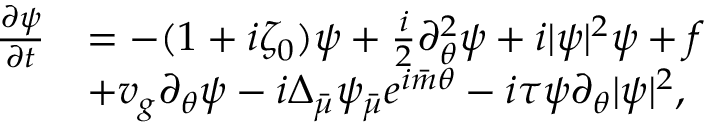
\begin{array} { r l } { \frac { \partial \psi } { \partial t } } & { = - ( 1 + i \zeta _ { 0 } ) \psi + \frac { i } { 2 } \partial _ { \theta } ^ { 2 } \psi + i | \psi | ^ { 2 } \psi + f } \\ & { + v _ { g } \partial _ { \theta } \psi - i \Delta _ { \bar { \mu } } \psi _ { \bar { \mu } } e ^ { i { \bar { m } } \theta } - i \tau \psi \partial _ { \theta } | \psi | ^ { 2 } , } \end{array}